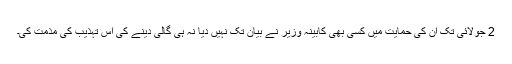
2 جولائی تک ان کی حمایت میں کسی بھی کابینہ وزیر نے بیان تک نہیں دیا نہ ہی گالی دینے کی اس تہذیب کی مذمت کی۔